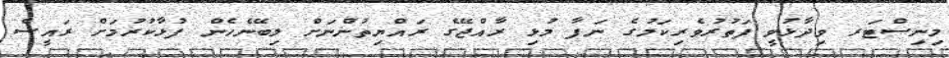
މިނިސްޓަރ ވިދާޅުވީ ފަތުރުވެރިކަމުގެ ނަފާ މުޅި ރާއްޖޭގެ ރައްޔިތުންނަށް ލިބޭނެހެން ފުޅާކުރުމަށް ރައީސް